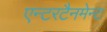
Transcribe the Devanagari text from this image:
एन्टरटैनमेन्ट